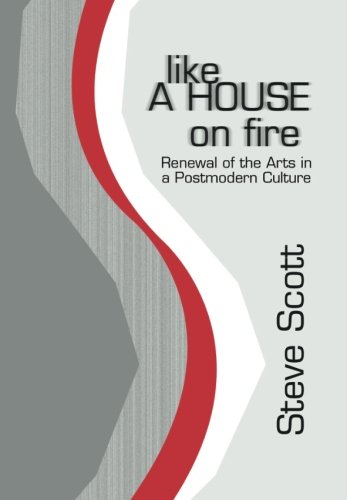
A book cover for Like a House on Fire: Renewal of the Arts in a Postmodern Culture; Steve Scott; Arts & Photography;